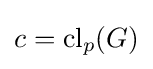
c=\mathrm {cl} _{p}(G)